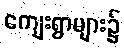
ကျေးရွာများ၌